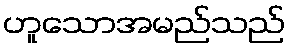
ဟူသောအမည်သည်